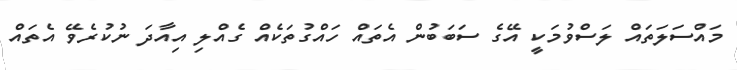
މައްސަލަތައް ލަސްވުމަކީ އޭގެ ސަބަބުން އެތައް ހައްގުތަކެއް ގެއްލި އިއާދަ ނުކުރެވޭ އެތައް